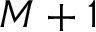
M + 1